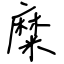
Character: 糜